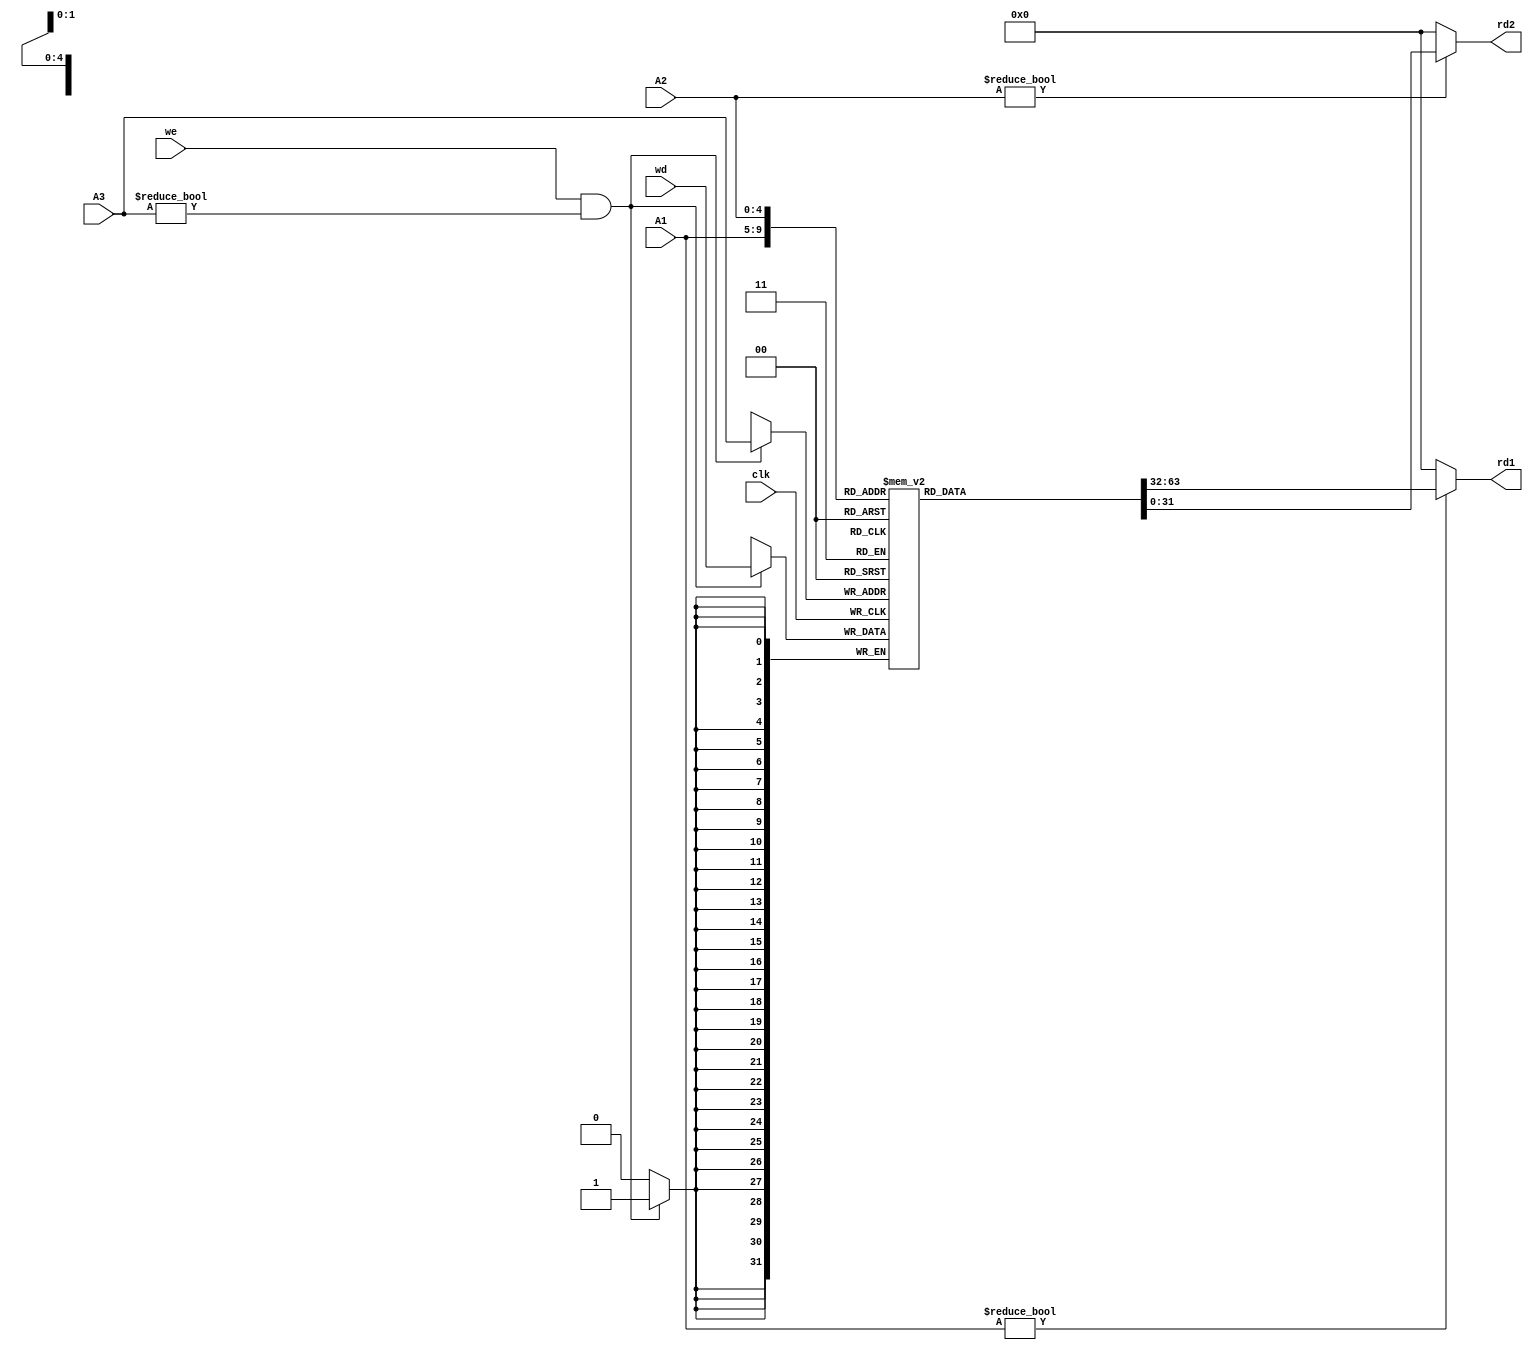
// This program was cloned from: https://github.com/FPGAwars/FLIX-V
// License: GNU Lesser General Public License v2.1

/*
 *  kianv harris multicycle RISC-V rv32ima
 *
 *  copyright (c) 2023 hirosh dabui <hirosh@dabui.de>
 *
 *  permission to use, copy, modify, and/or distribute this software for any
 *  purpose with or without fee is hereby granted, provided that the above
 *  copyright notice and this permission notice appear in all copies.
 *
 *  the software is provided "as is" and the author disclaims all warranties
 *  with regard to this software including all implied warranties of
 *  merchantability and fitness. in no event shall the author be liable for
 *  any special, direct, indirect, or consequential damages or any damages
 *  whatsoever resulting from loss of use, data or profits, whether in an
 *  action of contract, negligence or other tortious action, arising out of
 *  or in connection with the use or performance of this software.
 *
 */
`default_nettype none `timescale 1 ns / 100 ps

module register_file #(
        parameter REGISTER_DEPTH = 32,  // rv32e = 16; rv32i = 32
        parameter STACKADDR = 32'hffff_ffff
    ) (
        input  wire        clk,
        input  wire        we,
        input  wire [ 4:0] A1,
        input  wire [ 4:0] A2,
        input  wire [ 4:0] A3,
        input  wire [31:0] wd,
        output wire [31:0] rd1,
        output wire [31:0] rd2
    );
    reg [31:0] bank0[0:REGISTER_DEPTH -1];
    integer i;

    localparam X2 = 2;
    initial begin
        bank0[10] = 'h00;  // hartid
        bank0[11] = 32'h80_000_000 + ((1024*1024*32)-2048);// 32'h81fffa00;  // dtb
    end


    always @(posedge clk) begin

        if (we && A3 != 0) begin
            bank0[A3] <= wd;
        end
    end

    assign rd1 = A1 != 0 ? bank0[A1] : 32'b0;
    assign rd2 = A2 != 0 ? bank0[A2] : 32'b0;

endmodule